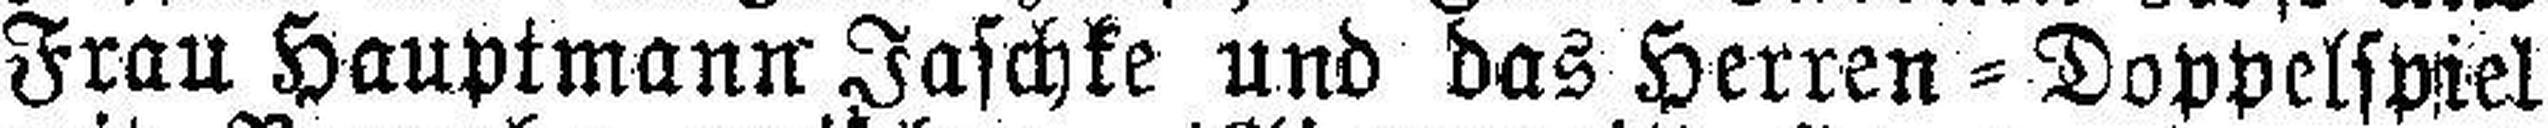
Frau Hauptmann Jaschke und das Herren=Doppelspiel